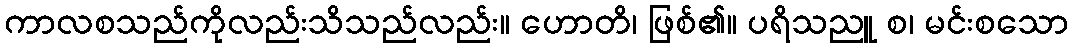
ကာလစသည်ကိုလည်းသိသည်လည်း။ ဟောတိ၊ ဖြစ်၏။ ပရိသညူ စ၊ မင်းစသော